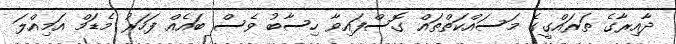
ދާއިރާގެ ތަރައްގީގެ މަސައްކަތްތައް ގޮސްފައިވާ ހިސާބު ވެސް ބައެއް ފަހަރު މެޑަމް އަމިއްލަ